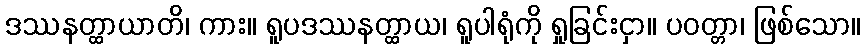
ဒဿနတ္ထာယာတိ၊ ကား။ ရူပဒဿနတ္ထာယ၊ ရူပါရုံကို ရှုခြင်းငှာ။ ပဝတ္တာ၊ ဖြစ်သော။